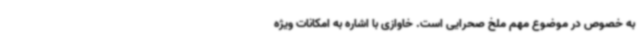
به خصوص در موضوع مهم ملخ صحرایی است. خاوازی با اشاره به امکانات ویژه‌